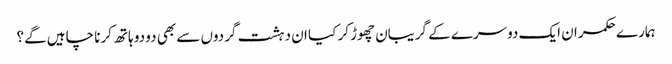
ہمارے حکمران ایک دوسرے کے گریبان چھوڑ کر کیا ان دہشت گردوں سے بھی دو دو ہاتھ کرنا چاہیں گے؟